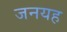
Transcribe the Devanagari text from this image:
जनयह